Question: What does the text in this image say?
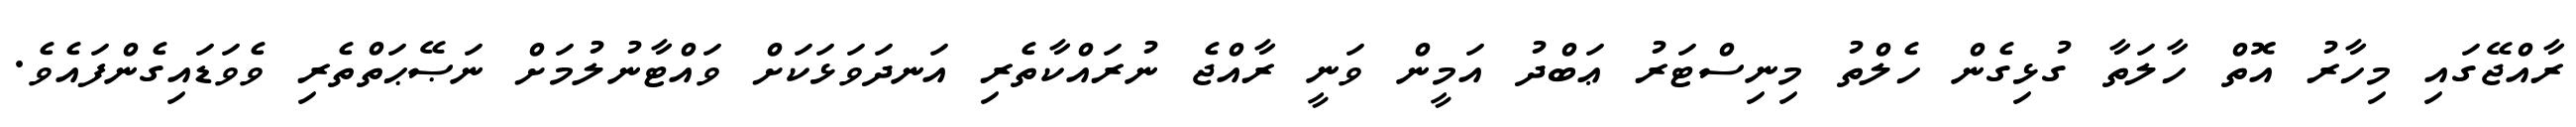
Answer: ރާއްޖޭގައި މިހާރު އޮތް ހާލަތާ ގުޅިގެން ހެލްތު މިނިސްޓަރު ޢަބްދު އަމީން ވަނީ ރާއްޖެ ނުރައްކާތެރި އަނދަވަޅަކަށް ވައްޓާނުލުމަށް ނަޞޭޙަތްތެރި ވެވަޑައިގެންފައެވެ.